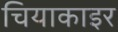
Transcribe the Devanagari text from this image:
चियाकाइर